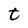
Character: t